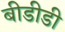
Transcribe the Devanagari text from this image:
बीडीडी